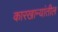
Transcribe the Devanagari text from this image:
कारखान्यांतील